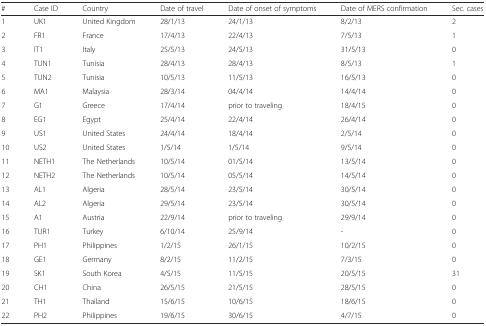
| # | Case ID | Country | Date of travel | Date of onset of symptoms | Date of MERS confirmation | Sec. cases |
 | --- | --- | --- | --- | --- | --- | --- |
 | 1 | UK1 | United Kingdom | 28/1/13 | 24/1/13 | 8/2/13 | 2 |
 | 2 | FR1 | France | 17/4/13 | 22/4/13 | 7/5/13 | 1 |
 | 3 | IT1 | Italy | 25/5/13 | 24/5/13 | 31/5/13 | 0 |
 | 4 | TUN1 | Tunisia | 28/4/13 | 28/4/13 | 8/5/13 | 1 |
 | 5 | TUN2 | Tunisia | 10/5/13 | 11/5/13 | 16/5/13 | 0 |
 | 6 | MA1 | Malaysia | 28/3/14 | 04/4/14 | 14/4/14 | 0 |
 | 7 | G1 | Greece | 17/4/14 | prior to traveling | 18/4/15 | 0 |
 | 8 | EG1 | Egypt | 25/4/14 | 22/4/14 | 26/4/14 | 0 |
 | 9 | US1 | United States | 24/4/14 | 18/4/14 | 2/5/14 | 0 |
 | 10 | US2 | United States | 1/5/14 | 1/5/14 | 9/5/14 | 0 |
 | 11 | NETH1 | The Netherlands | 10/5/14 | 01/5/14 | 13/5/14 | 0 |
 | 12 | NETH2 | The Netherlands | 10/5/14 | 05/5/14 | 14/5/14 | 0 |
 | 13 | AL1 | Algeria | 28/5/14 | 23/5/14 | 30/5/14 | 0 |
 | 14 | AL2 | Algeria | 29/5/14 | 23/5/14 | 30/5/14 | 0 |
 | 15 | A1 | Austria | 22/9/14 | prior to traveling | 29/9/14 | 0 |
 | 16 | TUR1 | Turkey | 6/10/14 | 25/9/14 | - | 0 |
 | 17 | PH1 | Philippines | 1/2/15 | 26/1/15 | 10/2/15 | 0 |
 | 18 | GE1 | Germany | 8/2/15 | 11/2/15 | 7/3/15 | 0 |
 | 19 | SK1 | South Korea | 4/5/15 | 11/5/15 | 20/5/15 | 31 |
 | 20 | CH1 | China | 26/5/15 | 21/5/15 | 28/5/15 | 0 |
 | 21 | TH1 | Thailand | 15/6/15 | 10/6/15 | 18/6/15 | 0 |
 | 22 | PH2 | Philippines | 19/6/15 | 30/6/15 | 4/7/15 | 0 |